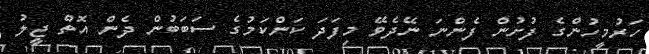
ހަރުމީހުންގެ ފުށުން ފެންނަ ނޭދެވޭ މިފަދަ ކަންކަމުގެ ސަބަބުން ދެން އޮތް ޖީލު